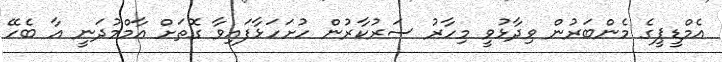
އެމްޑީޕީގެ މެންބަރުން ވިދާޅުވީ މިހާރު ސަރުކާރުން ހުށަހަޅާފައިވާ ގޮތަށް އާމްމުދަނީ އާ ބެހޭ